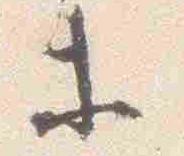
等